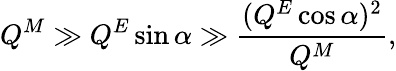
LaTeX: Q^{M}\gg Q^{E}\sin\alpha\gg\frac{(Q^{E}\cos\alpha)^{2}}{Q^{M}},